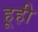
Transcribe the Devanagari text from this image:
हूही